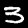
Digit: 3